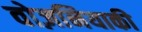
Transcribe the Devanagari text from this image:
वोज़नियाकी